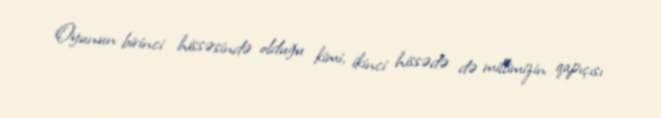
Oyunun birinci hissəsində olduğu kimi, ikinci hissədə də millimizin qapıçısı